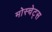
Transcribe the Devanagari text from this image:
मोस्चेट्स